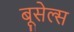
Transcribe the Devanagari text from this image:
बूसेल्स